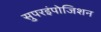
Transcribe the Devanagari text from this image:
सुपरइंपोजिशन